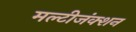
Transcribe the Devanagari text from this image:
मल्टीजंक्शन